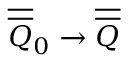
\overline { { \overline { { Q } } } } _ { 0 } \rightarrow \overline { { \overline { { Q } } } }